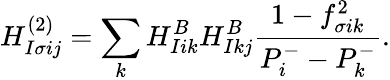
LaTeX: H_{I\sigma ij}^{(2)}=\sum_{k}H_{Iik}^{B}H_{Ikj}^{B}\frac{1-f_{\sigma ik}^{2}}{P_{i}^{-}-P_{k}^{-}}.